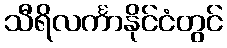
သီရိလင်္ကာနိုင်ငံတွင်